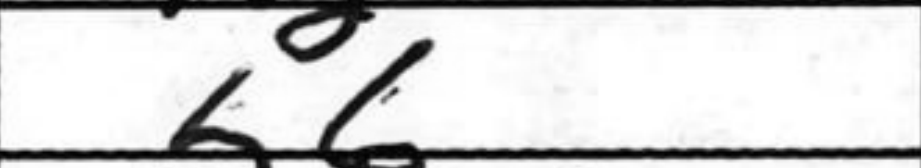
Transcription: b6